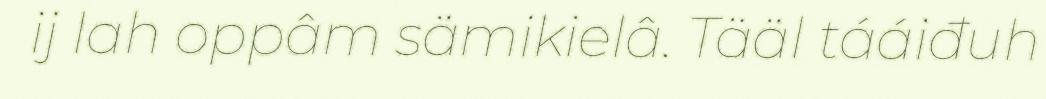
ij lah oppâm sämikielâ. Tääl tááiđuh